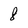
Character: 8